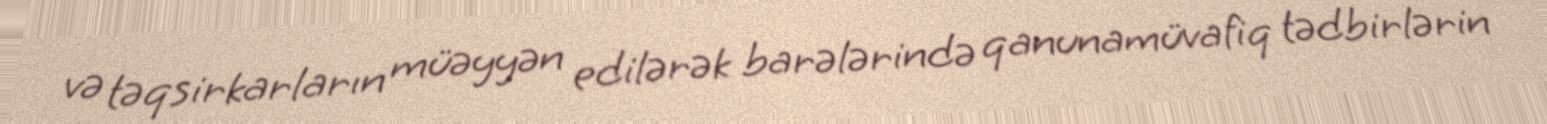
və təqsirkarların müəyyən edilərək barələrində qanunamüvafiq tədbirlərin